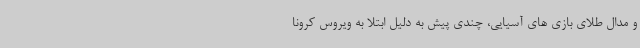
و مدال طلای بازی های آسیایی، چندی پیش به دلیل ابتلا به ویروس کرونا